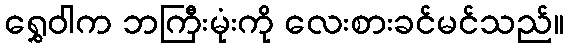
ရွှေဝါက ဘကြီးမုံးကို လေးစားခင်မင်သည်။